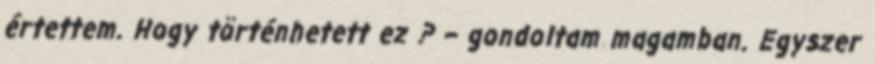
értettem. Hogy történhetett ez ? – gondoltam magamban. Egyszer